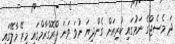
ދަ މެސެޖްގެ ނަމުގައި ކުރިއަށް ގެންދިޔަ ނުވަ ވަނަ ޕްރޮގްރާމްގައި މިރޭ މާލޭގައި